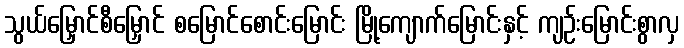
သွယ်မြှောင်စီမြှောင် စမြောင်စောင်းမြောင်း မြို့ကျောက်မြောင်းနှင့် ကျဉ်းမြောင်းစွာလှ